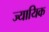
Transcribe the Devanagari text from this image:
ज्यायिक